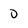
Character: 0